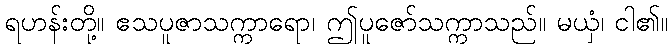
ရဟန်းတို့။ ဧသပူဇာသက္ကာရော၊ ဤပူဇော်သက္ကာသည်။ မယှံ၊ ငါ၏။